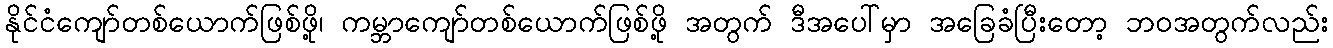
နိုင်ငံကျော်တစ်ယောက်ဖြစ်ဖို့၊ ကမ္ဘာကျော်တစ်ယောက်ဖြစ်ဖို့ အတွက် ဒီအပေါ်မှာ အခြေခံပြီးတော့ ဘဝအတွက်လည်း